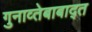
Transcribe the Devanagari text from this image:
गुनाव्तेबाबाद्त